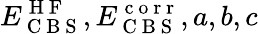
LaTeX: E_{\mathrm{~C~B~S~}}^{\mathrm{~H~F~}},E_{\mathrm{~C~B~S~}}^{\mathrm{~c~o~r~r~}},a,b,c